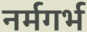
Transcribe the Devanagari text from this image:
नर्मगर्भ